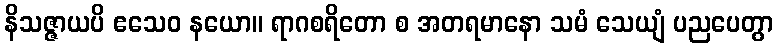
နိသဇ္ဇာယပိ ဧသေဝ နယော။ ရာဂစရိတော စ အတရမာနော သမံ သေယျံ ပညပေတွာ